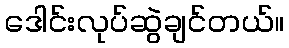
ဒေါင်းလုပ်ဆွဲချင်တယ်။